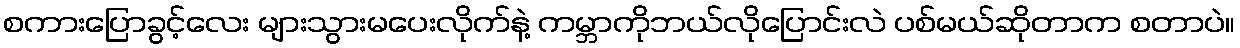
စကားပြောခွင့်လေး များသွားမပေးလိုက်နဲ့ ကမ္ဘာကိုဘယ်လိုပြောင်းလဲ ပစ်မယ်ဆိုတာက စတာပဲ။